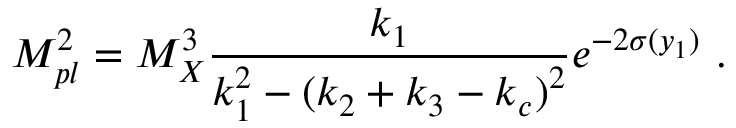
M _ { p l } ^ { 2 } = { M _ { X } ^ { 3 } } { \frac { k _ { 1 } } { \displaystyle { k _ { 1 } ^ { 2 } - ( k _ { 2 } + k _ { 3 } - k _ { c } ) ^ { 2 } } } } e ^ { - 2 \sigma ( y _ { 1 } ) } ~ . ~ \,